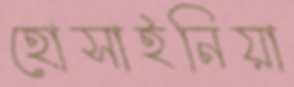
হোসাইনিয়া